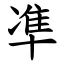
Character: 凖